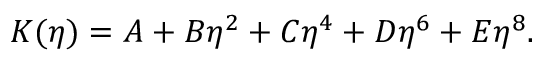
K ( \eta ) = A + B \eta ^ { 2 } + C \eta ^ { 4 } + D \eta ^ { 6 } + E \eta ^ { 8 } .